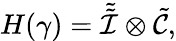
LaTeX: H(\gamma)=\tilde{\tilde{{\cal I}}}\otimes\tilde{{\cal C}},